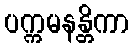
ပက္ကမနန္တိကာ